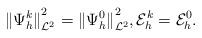
LaTeX: \begin{align*}{\Vert \Psi_{h}^{k} \Vert}_{\mathcal{L}^2}^{2}={\Vert \Psi_{h}^{0} \Vert}_{\mathcal{L}^2}^{2},\mathcal{E}^{k}_{h} = \mathcal{E}^{0}_{h}.\end{align*}